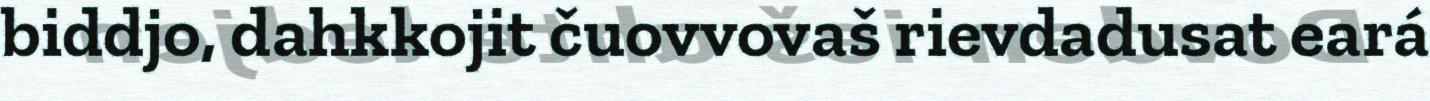
biddjo, dahkkojit čuovvovaš rievdadusat eará